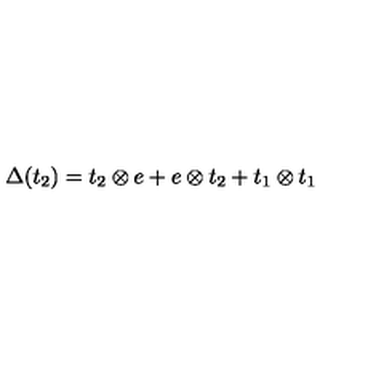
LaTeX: \Delta ( t _ { 2 } ) = t _ { 2 } \otimes e + e \otimes t _ { 2 } + t _ { 1 } \otimes t _ { 1 }